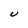
Character: U